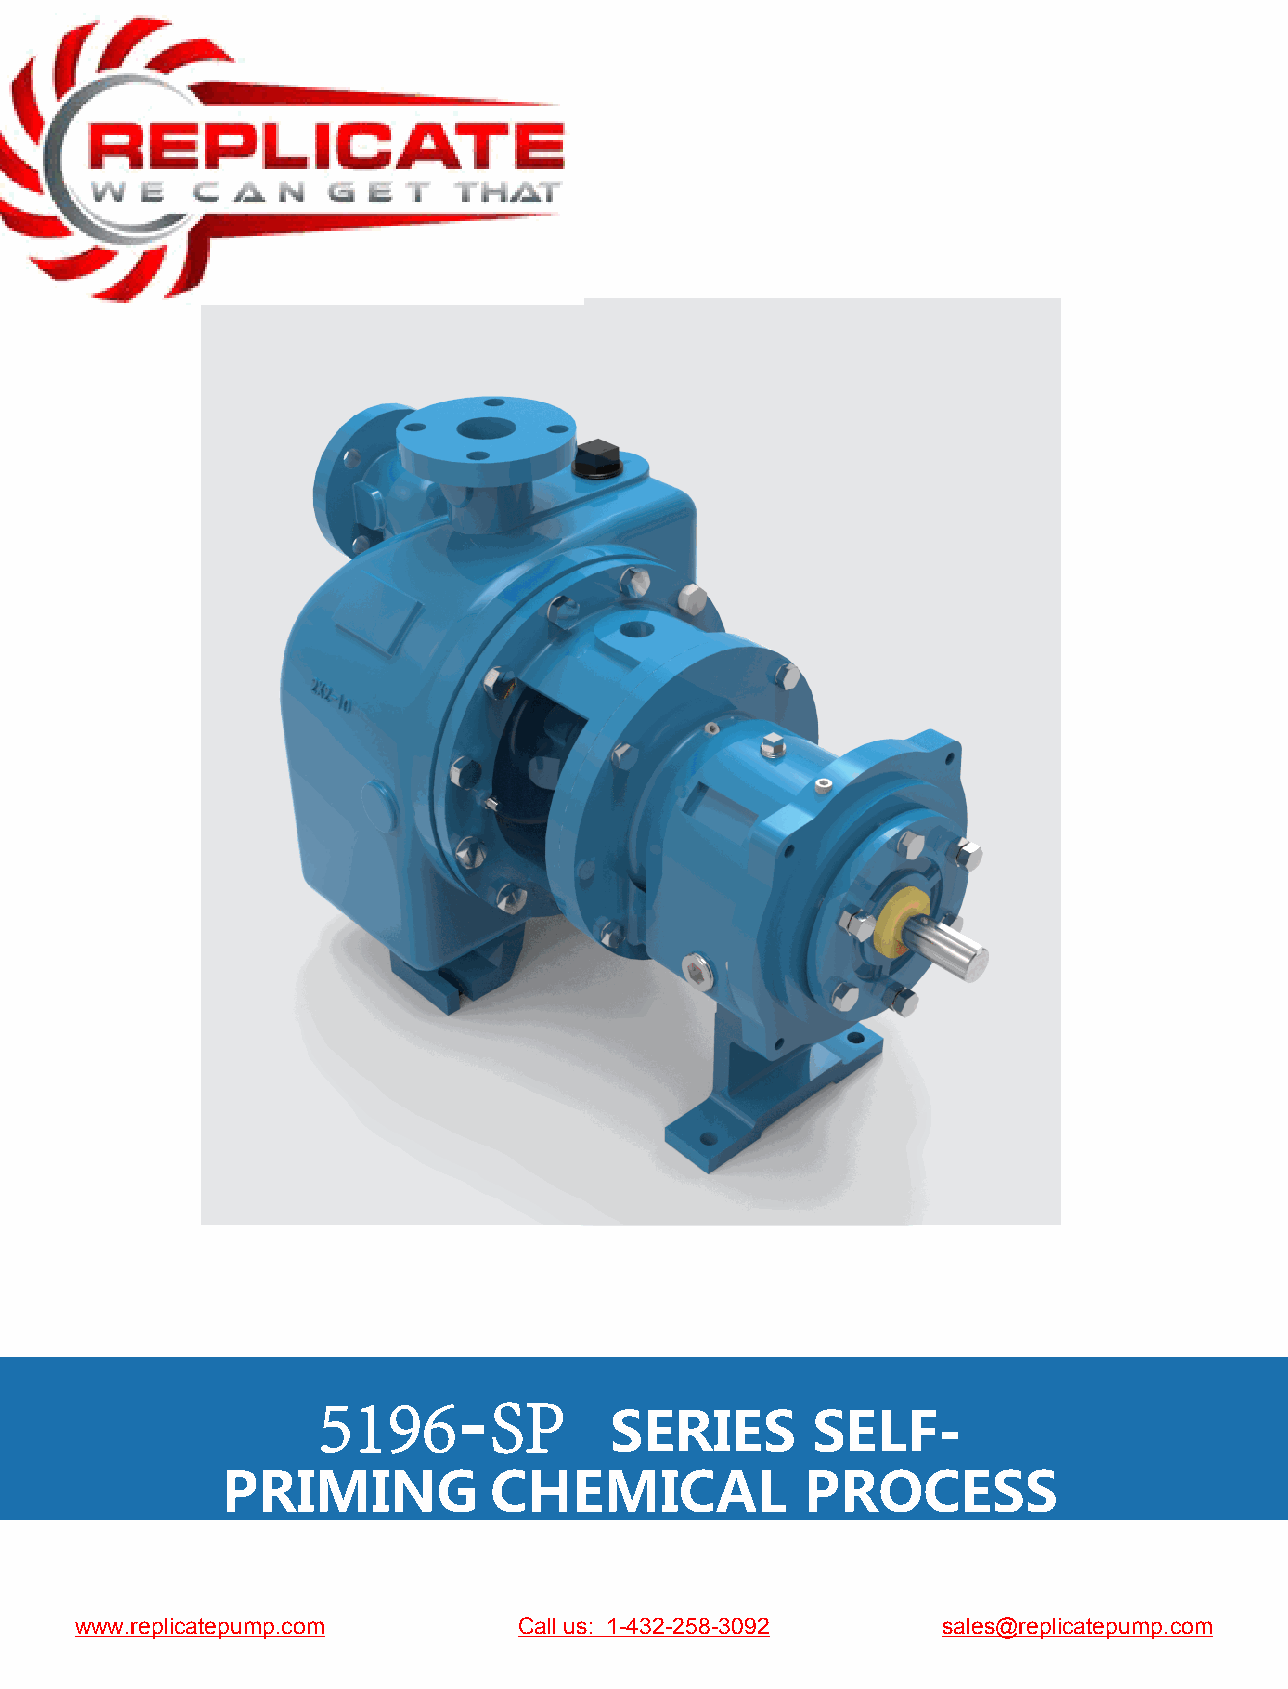
5196-SP
 SERIES        SELF-
 PRIMING          CHEMICAL             PROCESS
 PUMP
 www.replicatepump.com        Call us: 1-432-258-3092     sales@replicatepump.com